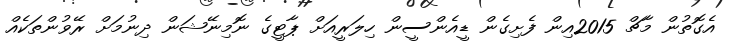
އެގޮތުން މާޗް 2015އިން ފެށިގެން ޑީއެންސީން ހިލަރީއަށް ޕާޓީގެ ނޮމިނޭޝަން ދިނުމަށް ރޭވުންތަކެއް